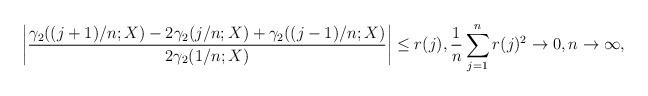
LaTeX: \begin{align*}\left| \frac{\gamma_2((j+1)/n;X) -2\gamma_2(j/n;X)+ \gamma_2((j-1)/n;X)}{2\gamma_2(1/n;X)} \right| \leq r(j), \frac{1}{n} \sum_{j=1}^n r(j)^2 \rightarrow 0, n \rightarrow \infty,\end{align*}